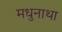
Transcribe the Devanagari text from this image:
मधुनाथा